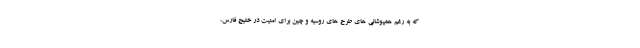
که به رغم همپوشانی های طرح های روسیه و چین برای امنیت در خلیج فارس،